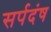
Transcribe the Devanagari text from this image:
सर्पदंष